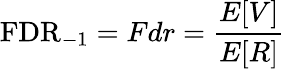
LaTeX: \mathrm{FDR}_{-1}=Fdr={\frac{E[V]}{E[R]}}